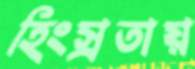
হিংস্রতায়